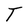
Character: T